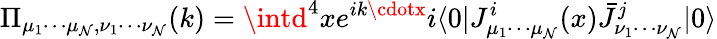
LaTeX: \Pi_{\mu_{1}\cdots\mu_{\mathcal{N}},\nu_{1}\cdots\nu_{\mathcal{N}}}(k)=\intd^{4}xe^{ik\cdotx}i\langle0|J_{\mu_{1}\cdots\mu_{\mathcal{N}}}^{i}(x)\bar{{J}}_{\nu_{1}\cdots\nu_{\mathcal{N}}}^{j}|0\rangle